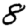
Digit: 8